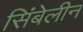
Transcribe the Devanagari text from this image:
सिंबेलीन